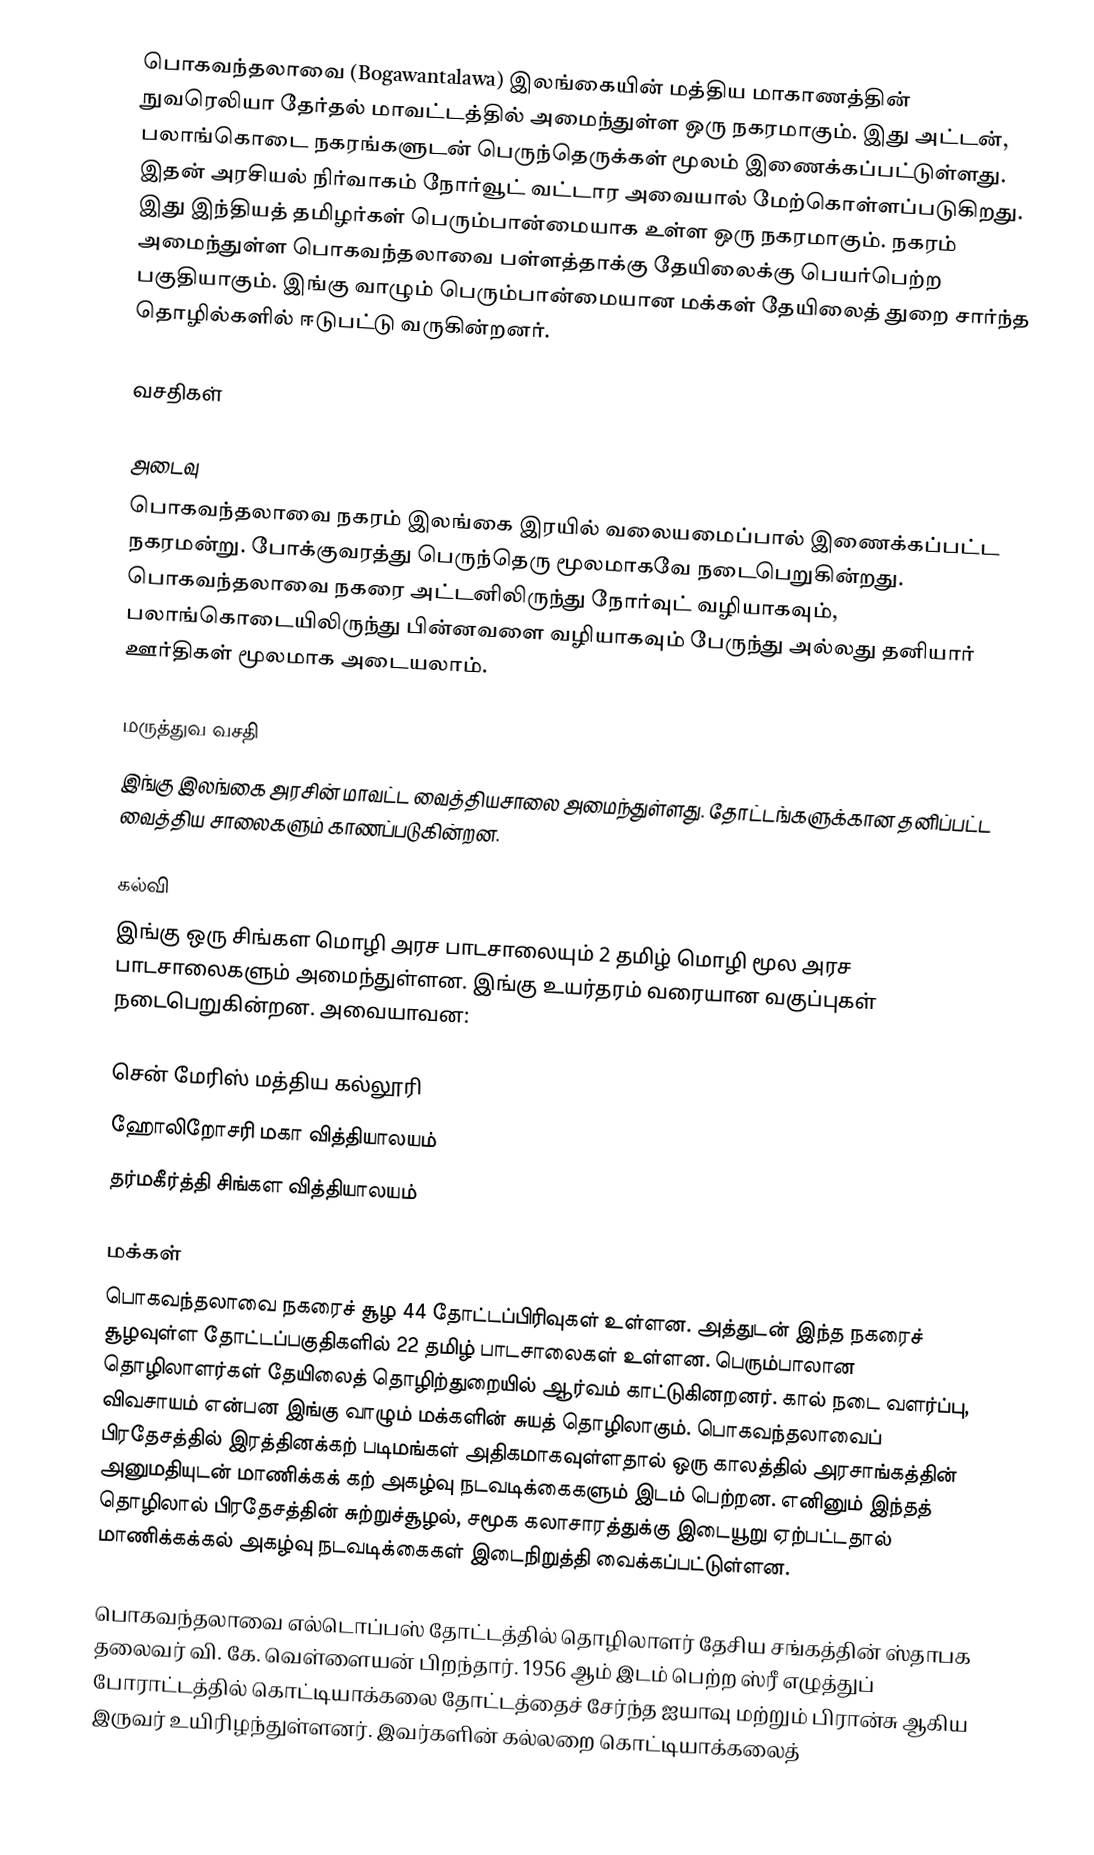
பொகவந்தலாவை (Bogawantalawa) இலங்கையின் மத்திய மாகாணத்தின்  நுவரெலியா தேர்தல் மாவட்டத்தில் அமைந்துள்ள ஒரு நகரமாகும். இது அட்டன், பலாங்கொடை நகரங்களுடன் பெருந்தெருக்கள் மூலம் இணைக்கப்பட்டுள்ளது. இதன் அரசியல் நிர்வாகம் நோர்வூட் வட்டார அவையால் மேற்கொள்ளப்படுகிறது. இது இந்தியத் தமிழர்கள் பெரும்பான்மையாக உள்ள ஒரு நகரமாகும். நகரம் அமைந்துள்ள பொகவந்தலாவை பள்ளத்தாக்கு தேயிலைக்கு பெயர்பெற்ற பகுதியாகும். இங்கு வாழும் பெரும்பான்மையான மக்கள் தேயிலைத் துறை சார்ந்த தொழில்களில் ஈடுபட்டு வருகின்றனர்.

வசதிகள்

அடைவு
பொகவந்தலாவை நகரம் இலங்கை இரயில் வலையமைப்பால் இணைக்கப்பட்ட நகரமன்று. போக்குவரத்து பெருந்தெரு மூலமாகவே நடைபெறுகின்றது. பொகவந்தலாவை நகரை அட்டனிலிருந்து நோர்வுட் வழியாகவும், பலாங்கொடையிலிருந்து பின்னவளை வழியாகவும் பேருந்து அல்லது தனியார் ஊர்திகள் மூலமாக அடையலாம்.

மருத்துவ வசதி
இங்கு இலங்கை அரசின் மாவட்ட வைத்தியசாலை அமைந்துள்ளது. தோட்டங்களுக்கான தனிப்பட்ட வைத்திய சாலைகளும் காணப்படுகின்றன.

கல்வி
இங்கு ஒரு சிங்கள மொழி அரச பாடசாலையும் 2 தமிழ் மொழி மூல அரச பாடசாலைகளும் அமைந்துள்ளன. இங்கு உயர்தரம் வரையான வகுப்புகள் நடைபெறுகின்றன. அவையாவன:

 சென் மேரிஸ் மத்திய கல்லூரி
 ஹோலிறோசரி மகா வித்தியாலயம்
 தர்மகீர்த்தி சிங்கள வித்தியாலயம்

மக்கள்
பொகவந்தலாவை நகரைச் சூழ 44 தோட்டப்பிரிவுகள் உள்ளன. அத்துடன் இந்த நகரைச் சூழவுள்ள தோட்டப்பகுதிகளில் 22 தமிழ் பாடசாலைகள் உள்ளன. பெரும்பாலான தொழிலாளர்கள் தேயிலைத் தொழிற்துறையில் ஆர்வம் காட்டுகினறனர். கால் நடை வளர்ப்பு, விவசாயம் என்பன இங்கு வாழும் மக்களின் சுயத் தொழிலாகும். பொகவந்தலாவைப் பிரதேசத்தில் இரத்தினக்கற் படிமங்கள் அதிகமாகவுள்ளதால் ஒரு காலத்தில் அரசாங்கத்தின் அனுமதியுடன் மாணிக்கக் கற் அகழ்வு நடவடிக்கைகளும் இடம் பெற்றன. எனினும் இந்தத் தொழிலால் பிரதேசத்தின் சுற்றுச்சூழல், சமூக கலாசாரத்துக்கு இடையூறு ஏற்பட்டதால் மாணிக்கக்கல் அகழ்வு நடவடிக்கைகள் இடைநிறுத்தி வைக்கப்பட்டுள்ளன.

பொகவந்தலாவை எல்டொப்பஸ் தோட்டத்தில் தொழிலாளர் தேசிய சங்கத்தின் ஸ்தாபக தலைவர் வி. கே. வெள்ளையன் பிறந்தார். 1956 ஆம் இடம் பெற்ற ஸ்ரீ எழுத்துப் போராட்டத்தில் கொட்டியாக்கலை தோட்டத்தைச் சேர்ந்த ஐயாவு மற்றும் பிரான்சு ஆகிய இருவர் உயிரிழந்துள்ளனர். இவர்களின் கல்லறை கொட்டியாக்கலைத்